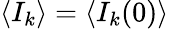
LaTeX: \langle I_{k}\rangle=\langle I_{k}(0)\rangle